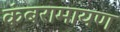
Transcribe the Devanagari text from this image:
कंबरामायण